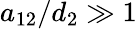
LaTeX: a_{\mathrm{12}}/d_{2}\gg 1